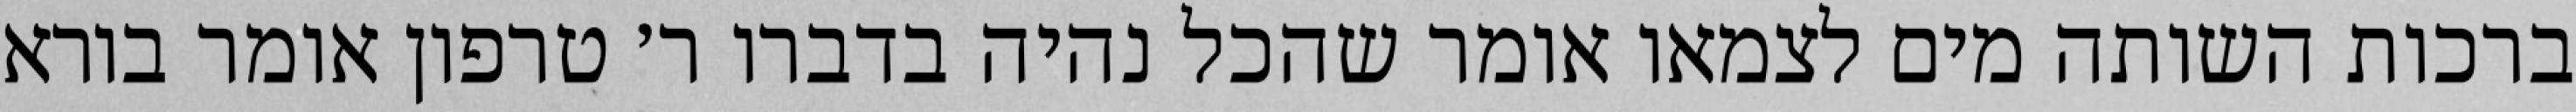
ברכות השותה מים לצמאו אומר שהכל נהיה בדברו ר׳ טרפון אומר בורא